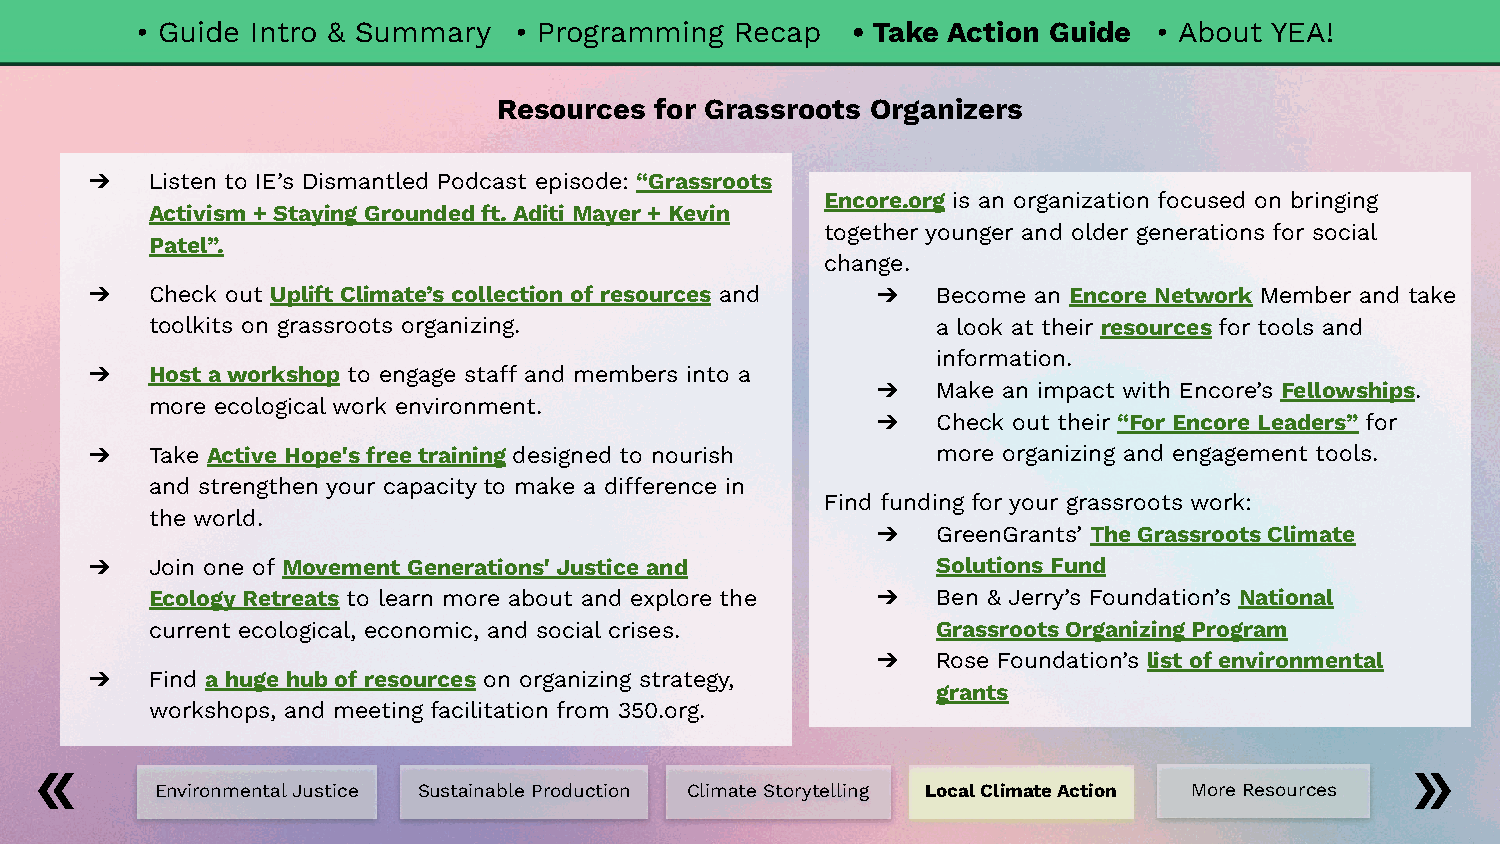
• Guide Intro & Summary  • Programming  Recap  • Take Action Guide  • About YEA!
 Resources for Grassroots Organizers
 ➔   Listen to IE’s Dismantled Podcast episode: “Grassroots
 Encore.org is an organization focused on bringing
 Activism + Staying Grounded ft. Aditi Mayer + Kevin
 together younger and older generations for social
 Patel”.
 change.
 ➔   Check out Uplift Climate’s collection of resources and ➔ Become an Encore Network Member and take
 toolkits on grassroots organizing.                  a look at their resources for tools and
 information.
 ➔   Host a workshop to engage staff and members into a
 ➔   Make an impact with Encore’s Fellowships.
 more ecological work environment.
 ➔   Check out their “For Encore Leaders” for
 ➔   Take Active Hope's free training designed to nourish more organizing and engagement tools.
 and strengthen your capacity to make a difference in
 Find funding for your grassroots work:
 the world.
 ➔   GreenGrants’ The Grassroots Climate
 ➔   Join one of Movement Generations' Justice and       Solutions Fund
 Ecology Retreats to learn more about and explore the ➔ Ben & Jerry’s Foundation’s National
 current ecological, economic, and social crises.    Grassroots Organizing Program
 ➔   Rose Foundation’s list of environmental
 ➔   Find a huge hub of resources on organizing strategy,
 grants
 workshops, and meeting facilitation from 350.org.
 Environmental Justice Sustainable Production Climate Storytelling Local Climate Action More Resources